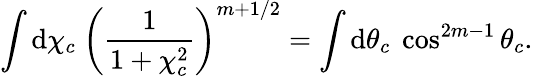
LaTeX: \int\mathrm{d}\chi_{c}\ \left(\frac{1}{1+\chi_{c}^{2}}\right)^{m+1/2}=\int\mathrm{d}\theta_{c}\ \cos^{2m-1}\theta_{c}.